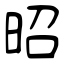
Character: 昭